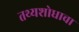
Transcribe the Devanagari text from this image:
तथ्यशोधाचा